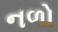
નળો